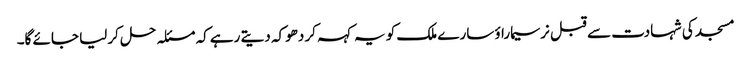
مسجد کی شہادت سے قبل نرسیماراؤ سارے ملک کو یہ کہہ کر دھوکہ دیتے رہے کہ مسئلہ حل کرلیا جائے گا۔